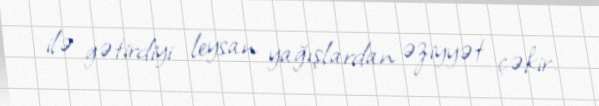
ilə gətirdiyi leysan yağışlardan əziyyət çəkir.